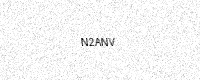
Text: N2ANV